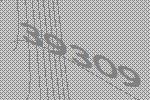
39309